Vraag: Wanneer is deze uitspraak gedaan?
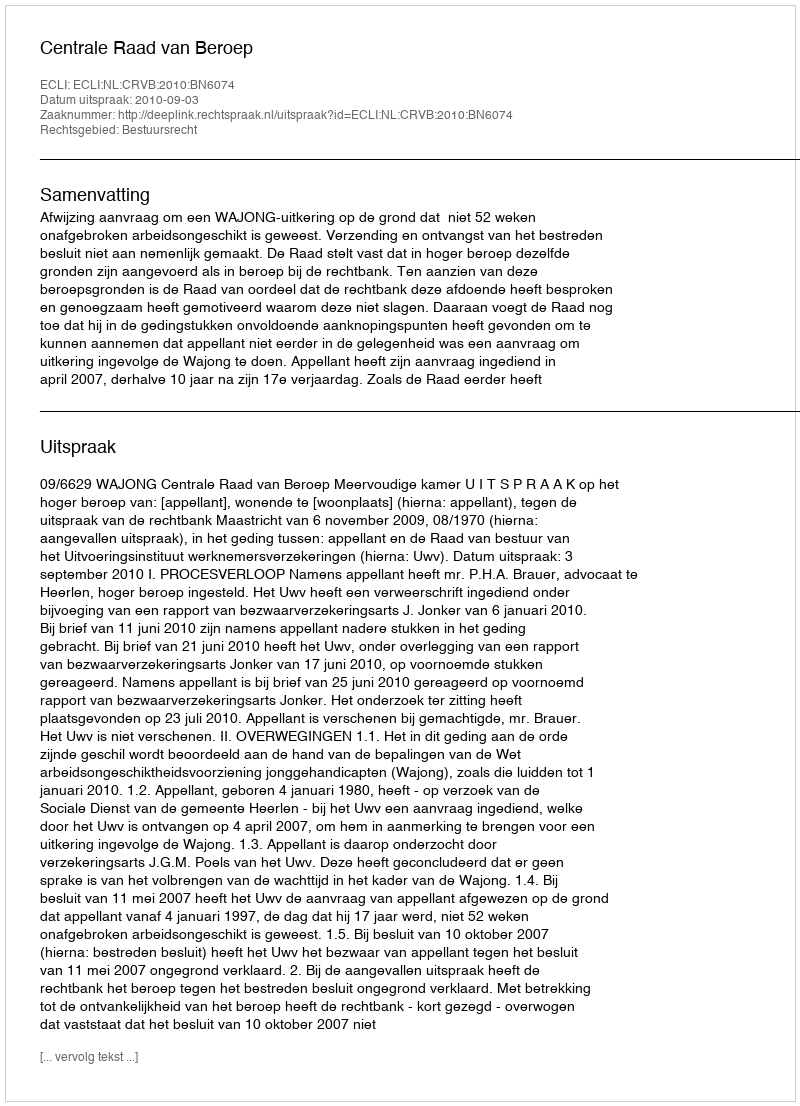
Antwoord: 2010-09-03